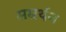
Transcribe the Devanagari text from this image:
सम्रर्थन